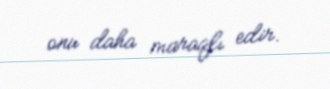
onu daha maraqlı edir.